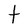
Character: t